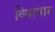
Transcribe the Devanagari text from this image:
व्यािपार